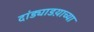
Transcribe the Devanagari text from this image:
दांड्याडय़ाच्या